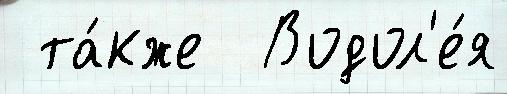
 та́кже  Водол'е́я